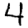
Digit: 4